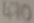
Text: 470